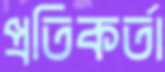
প্রতিকর্তা